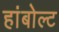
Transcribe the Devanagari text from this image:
हांबोल्ट